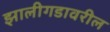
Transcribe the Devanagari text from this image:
झालीगडावरील